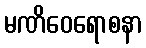
မဏိဝေရောစနာ